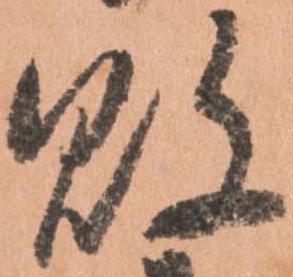
敗